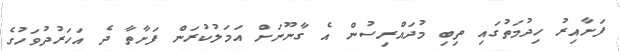
ފަށާއިރު ހިދުމަތުގައި ތިބި މުދައްރިސުން އެ ގާނޫނަށް އަމަލުކުރަން ފަށާތާ ދެ އަހަރުދުވަހުގެ